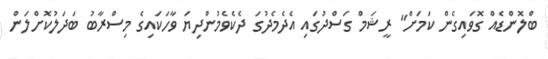
ބްލޮންޑެއް ގޮވައިގެން ކަމަށް" ރީޝަމް ގަސްދުގައި އެދެމެދުގަ ދެކެވެމުންދިޔަ ވާހަކައިގެ މިސްރާބު ބަދަލުކޮށްލަން